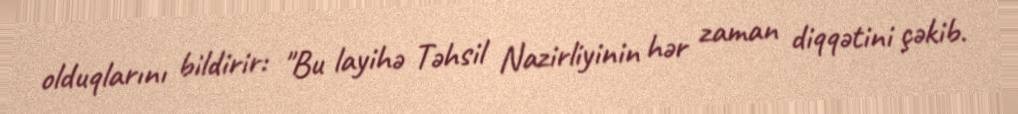
olduqlarını bildirir: "Bu layihə Təhsil Nazirliyinin hər zaman diqqətini çəkib.